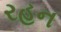
રહન